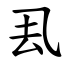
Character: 厾